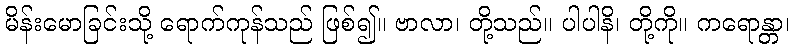
မိန်းမောခြင်းသို့ ရောက်ကုန်သည် ဖြစ်၍။ ဗာလာ၊ တို့သည်။ ပါပါနိ၊ တို့ကို။ ကရောန္တာ၊